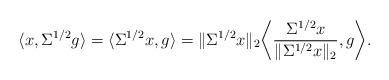
LaTeX: \begin{align*}\langle x,\Sigma^{1/2}g\rangle=\langle \Sigma^{1/2}x,g\rangle=\|\Sigma^{1/2}x\|_2\bigg\langle \frac{\Sigma^{1/2}x}{\|\Sigma^{1/2}x\|_2},g\bigg\rangle.\end{align*}